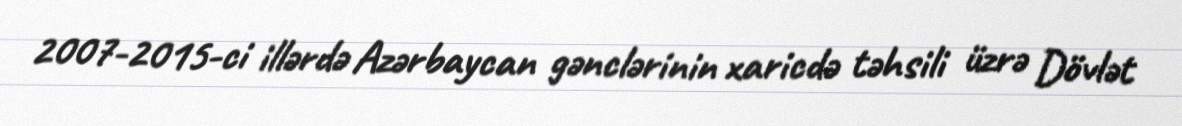
2007-2015-ci illərdə Azərbaycan gənclərinin xaricdə təhsili üzrə Dövlət